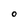
Character: O